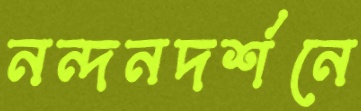
নন্দনদর্শনে